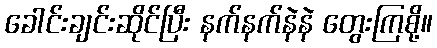
ခေါင်းချင်းဆိုင်ပြီး နက်နက်နဲနဲ တွေးကြစို့။